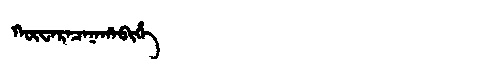
Manchu: ᡴᡡᠸᠠᡵᠠᠴᠠᠨᠠᡥᠠᠪᡳᡥᡝ
Romanization: KŪWARACANAHABIHE